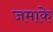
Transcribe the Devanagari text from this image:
जमाके